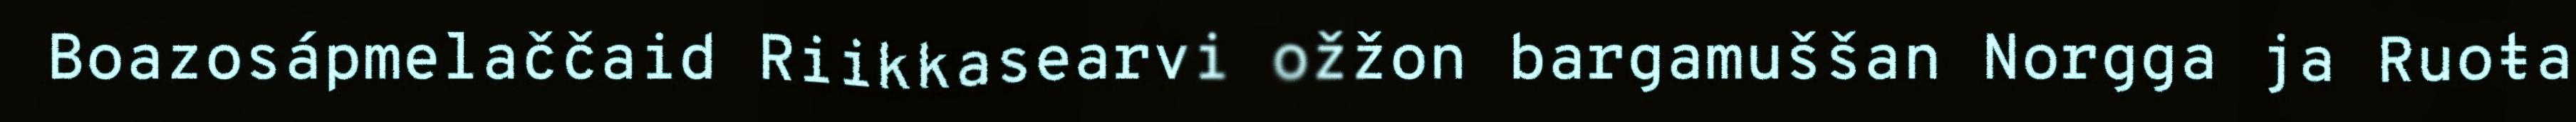
Boazosápmelaččaid Riikkasearvi ožžon bargamuššan Norgga ja Ruoŧa